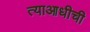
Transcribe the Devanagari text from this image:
त्याआधीची